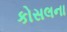
કોસલના